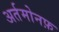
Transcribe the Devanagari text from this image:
अर्तमोनफ़